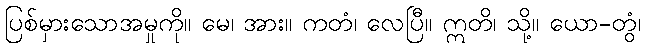
ပြစ်မှားသောအမှုကို။ မေ၊ အား။ ကတံ၊ လေပြီ။ ဣတိ၊ သို့။ ယော-တွံ၊